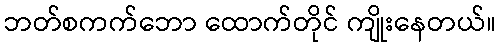
ဘတ်စကက်ဘော ထောက်တိုင် ကျိုးနေတယ်။